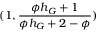
( 1 , \frac { \phi h _ { G } + 1 } { \phi h _ { G } + 2 - \phi } )